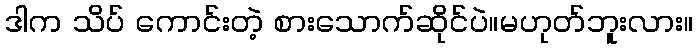
ဒါက သိပ် ကောင်းတဲ့ စားသောက်ဆိုင်ပဲ။မဟုတ်ဘူးလား။